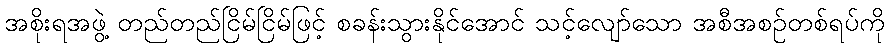
အစိုးရအဖွဲ့ တည်တည်ငြိမ်ငြိမ်ဖြင့် စခန်းသွားနိုင်အောင် သင့်လျော်သော အစီအစဉ်တစ်ရပ်ကို